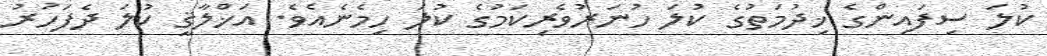
ކުލަ ސިފައިންގެ ޚިދުމަތުގެ ކުލަ ހުނަރުވެރިކަމުގެ ކުލަ ހިމެނެއެވެ. އަޚްލާޤީ ކުލަ ދެފަހަރު